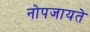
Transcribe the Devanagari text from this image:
नोपजायते